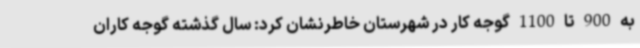
به 900 تا 1100 گوجه کار در شهرستان خاطرنشان کرد: سال گذشته گوجه کاران